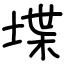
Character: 堞